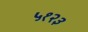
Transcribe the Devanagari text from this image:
५१२३